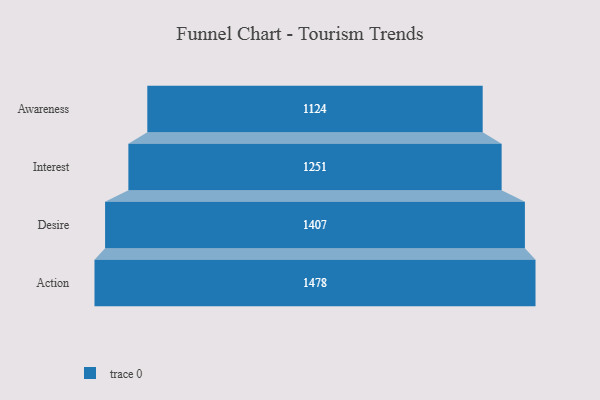
{"axis": {"x": "Stage", "y": "Value"}, "legend": [""], "data": [{"x": "Awareness", "y": 1124.0, "type": ""}, {"x": "Interest", "y": 1251.0, "type": ""}, {"x": "Desire", "y": 1407.0, "type": ""}, {"x": "Action", "y": 1478.0, "type": ""}]}